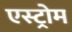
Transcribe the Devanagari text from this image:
एस्ट्रोम